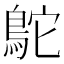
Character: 鴕